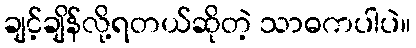
ချင့်ချိန်လို့ရတယ်ဆိုတဲ့ သာဓကပါပဲ။